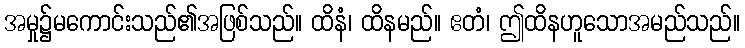
အမှု၌မကောင်းသည်၏အဖြစ်သည်။ ထိနံ၊ ထိနမည်။ ဧတံ၊ ဤထိနဟူသောအမည်သည်။